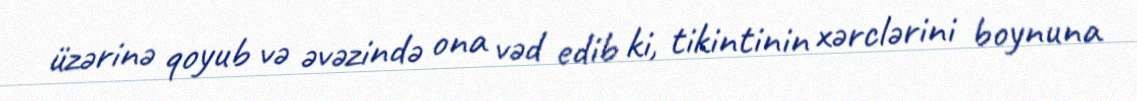
üzərinə qoyub və əvəzində ona vəd edib ki, tikintinin xərclərini boynuna